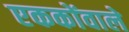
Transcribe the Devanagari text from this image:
एककोंवाले